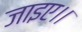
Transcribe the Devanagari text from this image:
जाइए।।